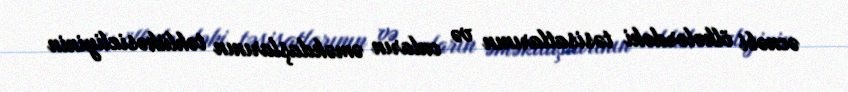
əcnəbi ölkələrdəki təsisatlarının və onların əməkdaşlarının təhlükəsizliyinin